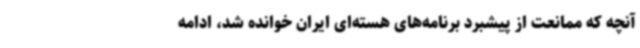
آنچه که ممانعت از پیشبرد برنامه‌های هسته‌ای ایران خوانده شد، ادامه